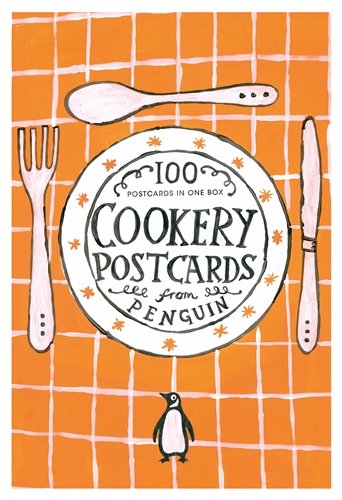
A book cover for Cookery Postcards from Penguin; Crafts, Hobbies & Home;